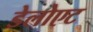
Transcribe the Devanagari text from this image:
डेलोएट